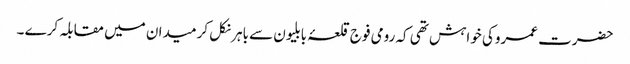
حضرت عمروکی خواہش تھی کہ رومی فوج قلعۂ بابلیون سے باہر نکل کر میدان میں مقابلہ کرے ۔